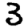
Digit: 3